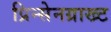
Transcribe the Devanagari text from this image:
प्रिन्सेनग्राख्ट